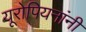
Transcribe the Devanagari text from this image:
यूरोपियनांनी